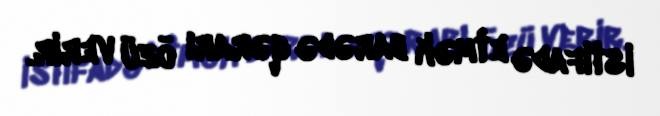
istifadə etmək barədə qərarı özü verir.